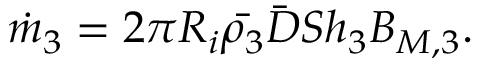
\dot { m } _ { 3 } = 2 \pi R _ { i } \Bar { \rho _ { 3 } } \bar { D } S h _ { 3 } B _ { M , 3 } .